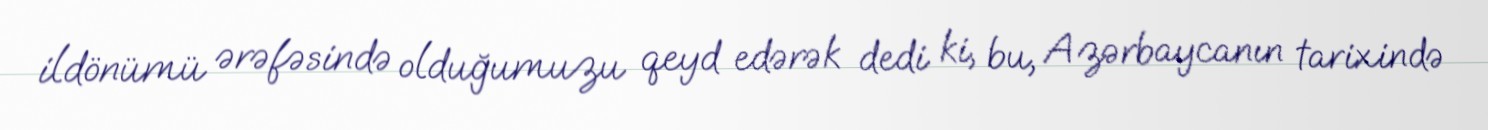
ildönümü ərəfəsində olduğumuzu qeyd edərək dedi ki, bu, Azərbaycanın tarixində